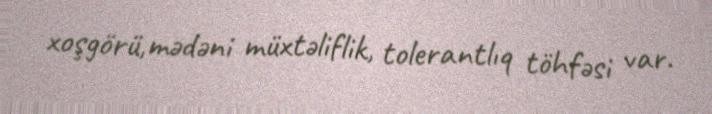
xoşgörü,mədəni müxtəliflik, tolerantlıq töhfəsi var.